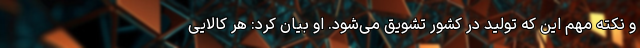
و نکته مهم این که تولید در کشور تشویق می‌شود. او بیان کرد: هر کالایی